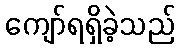
ကျော်ရရှိခဲ့သည်